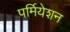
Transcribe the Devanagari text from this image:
पर्मियेशन